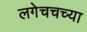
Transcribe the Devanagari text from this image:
लगेचचच्या